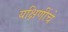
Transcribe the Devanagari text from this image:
यक्षिणींचे